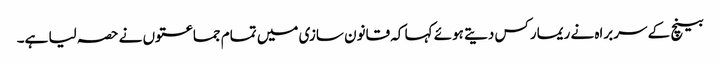
بینچ کے سربراہ نے ریمارکس دیتے ہوئے کہا کہ قانون سازی میں تمام جماعتوں نے حصہ لیا ہے۔